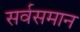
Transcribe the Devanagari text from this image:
सर्वसमान